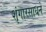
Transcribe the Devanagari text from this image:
शृंगारसाधने